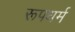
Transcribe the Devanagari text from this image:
रूपधर्म